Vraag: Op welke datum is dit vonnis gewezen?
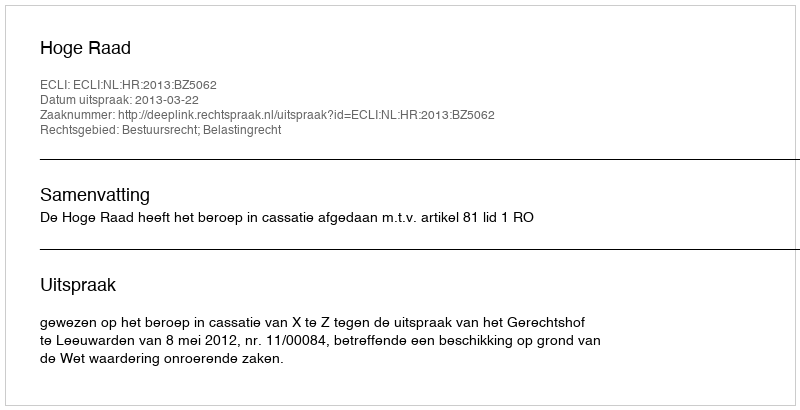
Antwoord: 2013-03-22